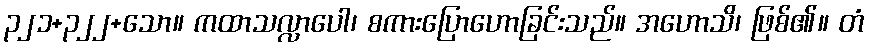
၃၂၁+၃၂၂+သော။ ကထာသလ္လာပေါ၊ စကားပြောဟောခြင်းသည်။ အဟောသိ၊ ဖြစ်၏။ တံ